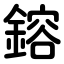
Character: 鎔